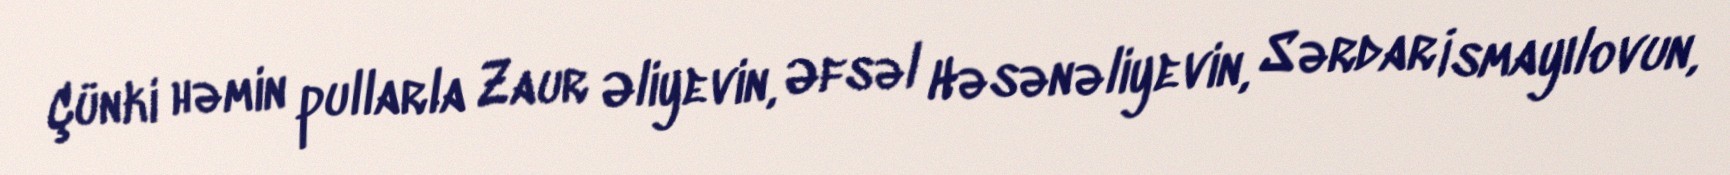
Çünki həmin pullarla Zaur Əliyevin, Əfsəl Həsənəliyevin, Sərdar İsmayılovun,